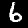
Digit: 6